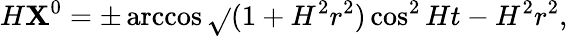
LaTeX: H\mathbf{X}^{0}=\pm\operatorname{arccos}\sqrt{}{{(1+H^{2}r^{2})\cos^{2}Ht-H^{2}r^{2}}},